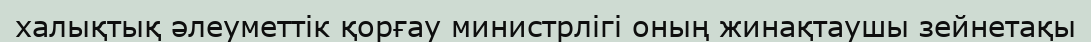
халықтық әлеуметтік қорғау министрлігі оның жинақтаушы зейнетақы